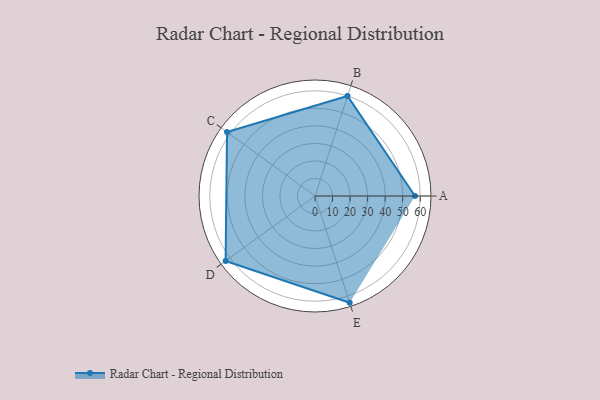
{"axis": {"x": "Skill", "y": "Score"}, "legend": ["Profile"], "data": [{"x": "A", "y": 57.0, "type": "Profile"}, {"x": "B", "y": 60.0, "type": "Profile"}, {"x": "C", "y": 62.0, "type": "Profile"}, {"x": "D", "y": 63.0, "type": "Profile"}, {"x": "E", "y": 64.0, "type": "Profile"}]}